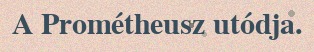
A Prométheusz utódja.